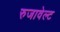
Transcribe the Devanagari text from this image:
रुजावेल्ट